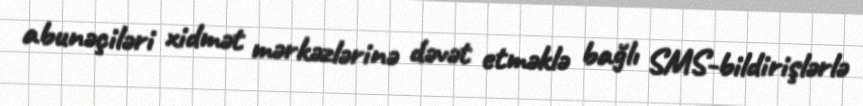
abunəçiləri xidmət mərkəzlərinə dəvət etməklə bağlı SMS-bildirişlərlə